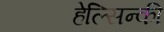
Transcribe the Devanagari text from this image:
हेल्सिन्की